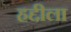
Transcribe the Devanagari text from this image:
हद्दीला